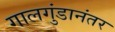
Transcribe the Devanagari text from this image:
गालगुंडानंतर